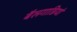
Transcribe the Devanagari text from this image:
बैलगाडियां